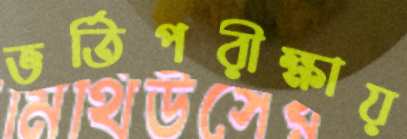
ভর্তিপরীক্ষায়